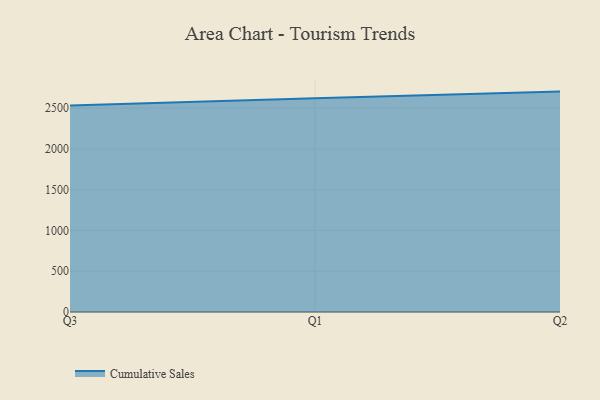
{"axis": {"x": "Quarter", "y": "Temperature (°C)"}, "legend": ["Cumulative Sales"], "data": [{"x": "Q3", "y": 2531.6, "type": "Cumulative Sales"}, {"x": "Q1", "y": 2622.9, "type": "Cumulative Sales"}, {"x": "Q2", "y": 2703.5, "type": "Cumulative Sales"}]}